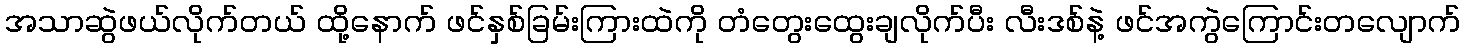
အသာဆွဲဖယ်လိုက်တယ် ထို့နောက် ဖင်နှစ်ခြမ်းကြားထဲကို တံတွေးထွေးချလိုက်ပီး လီးဒစ်နဲ့ ဖင်အကွဲကြောင်းတလျောက်